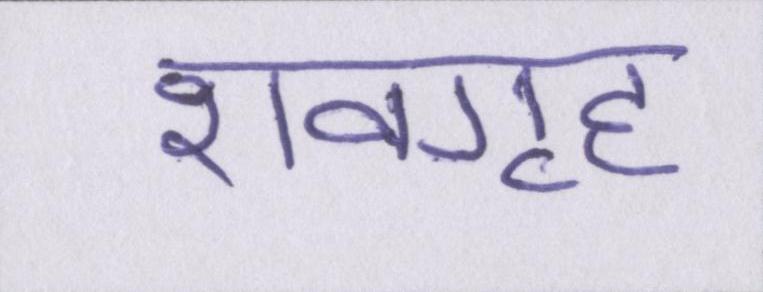
शवगृह